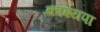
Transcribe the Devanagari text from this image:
काश्यपा